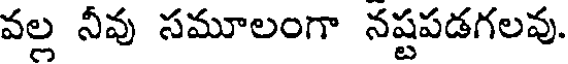
వల్ల నీవు సమూలంగా నష్టపడగలవు.